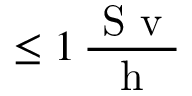
\leq 1 \, \frac { \mathrm { ~ S ~ v ~ } } { \mathrm { ~ h ~ } }